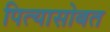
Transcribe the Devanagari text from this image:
पित्यासोबत